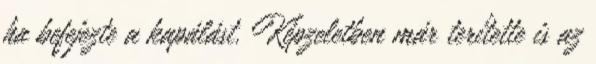
ha befejezte a kapálást. Képzeletben már terítette is az